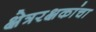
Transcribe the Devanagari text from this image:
क्षेत्ररक्षकांचा